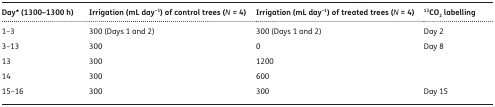
| Day* (1300–1300 h) | Irrigation (mL day−1) of control trees (N = 4) | Irrigation (mL day−1) of treated trees (N = 4) | 13CO2 labelling |
 | --- | --- | --- | --- |
 | 1–3 | 300 (Days 1 and 2) | 300 (Days 1 and 2) | Day 2 |
 | 3–13 | 300 | 0 | Day 8 |
 | 13 | 300 | 1200 |  |
 | 14 | 300 | 600 |  |
 | 15–16 | 300 | 300 | Day 15 |